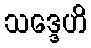
သဒ္ဒေဟိ